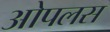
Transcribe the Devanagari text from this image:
ओपलस